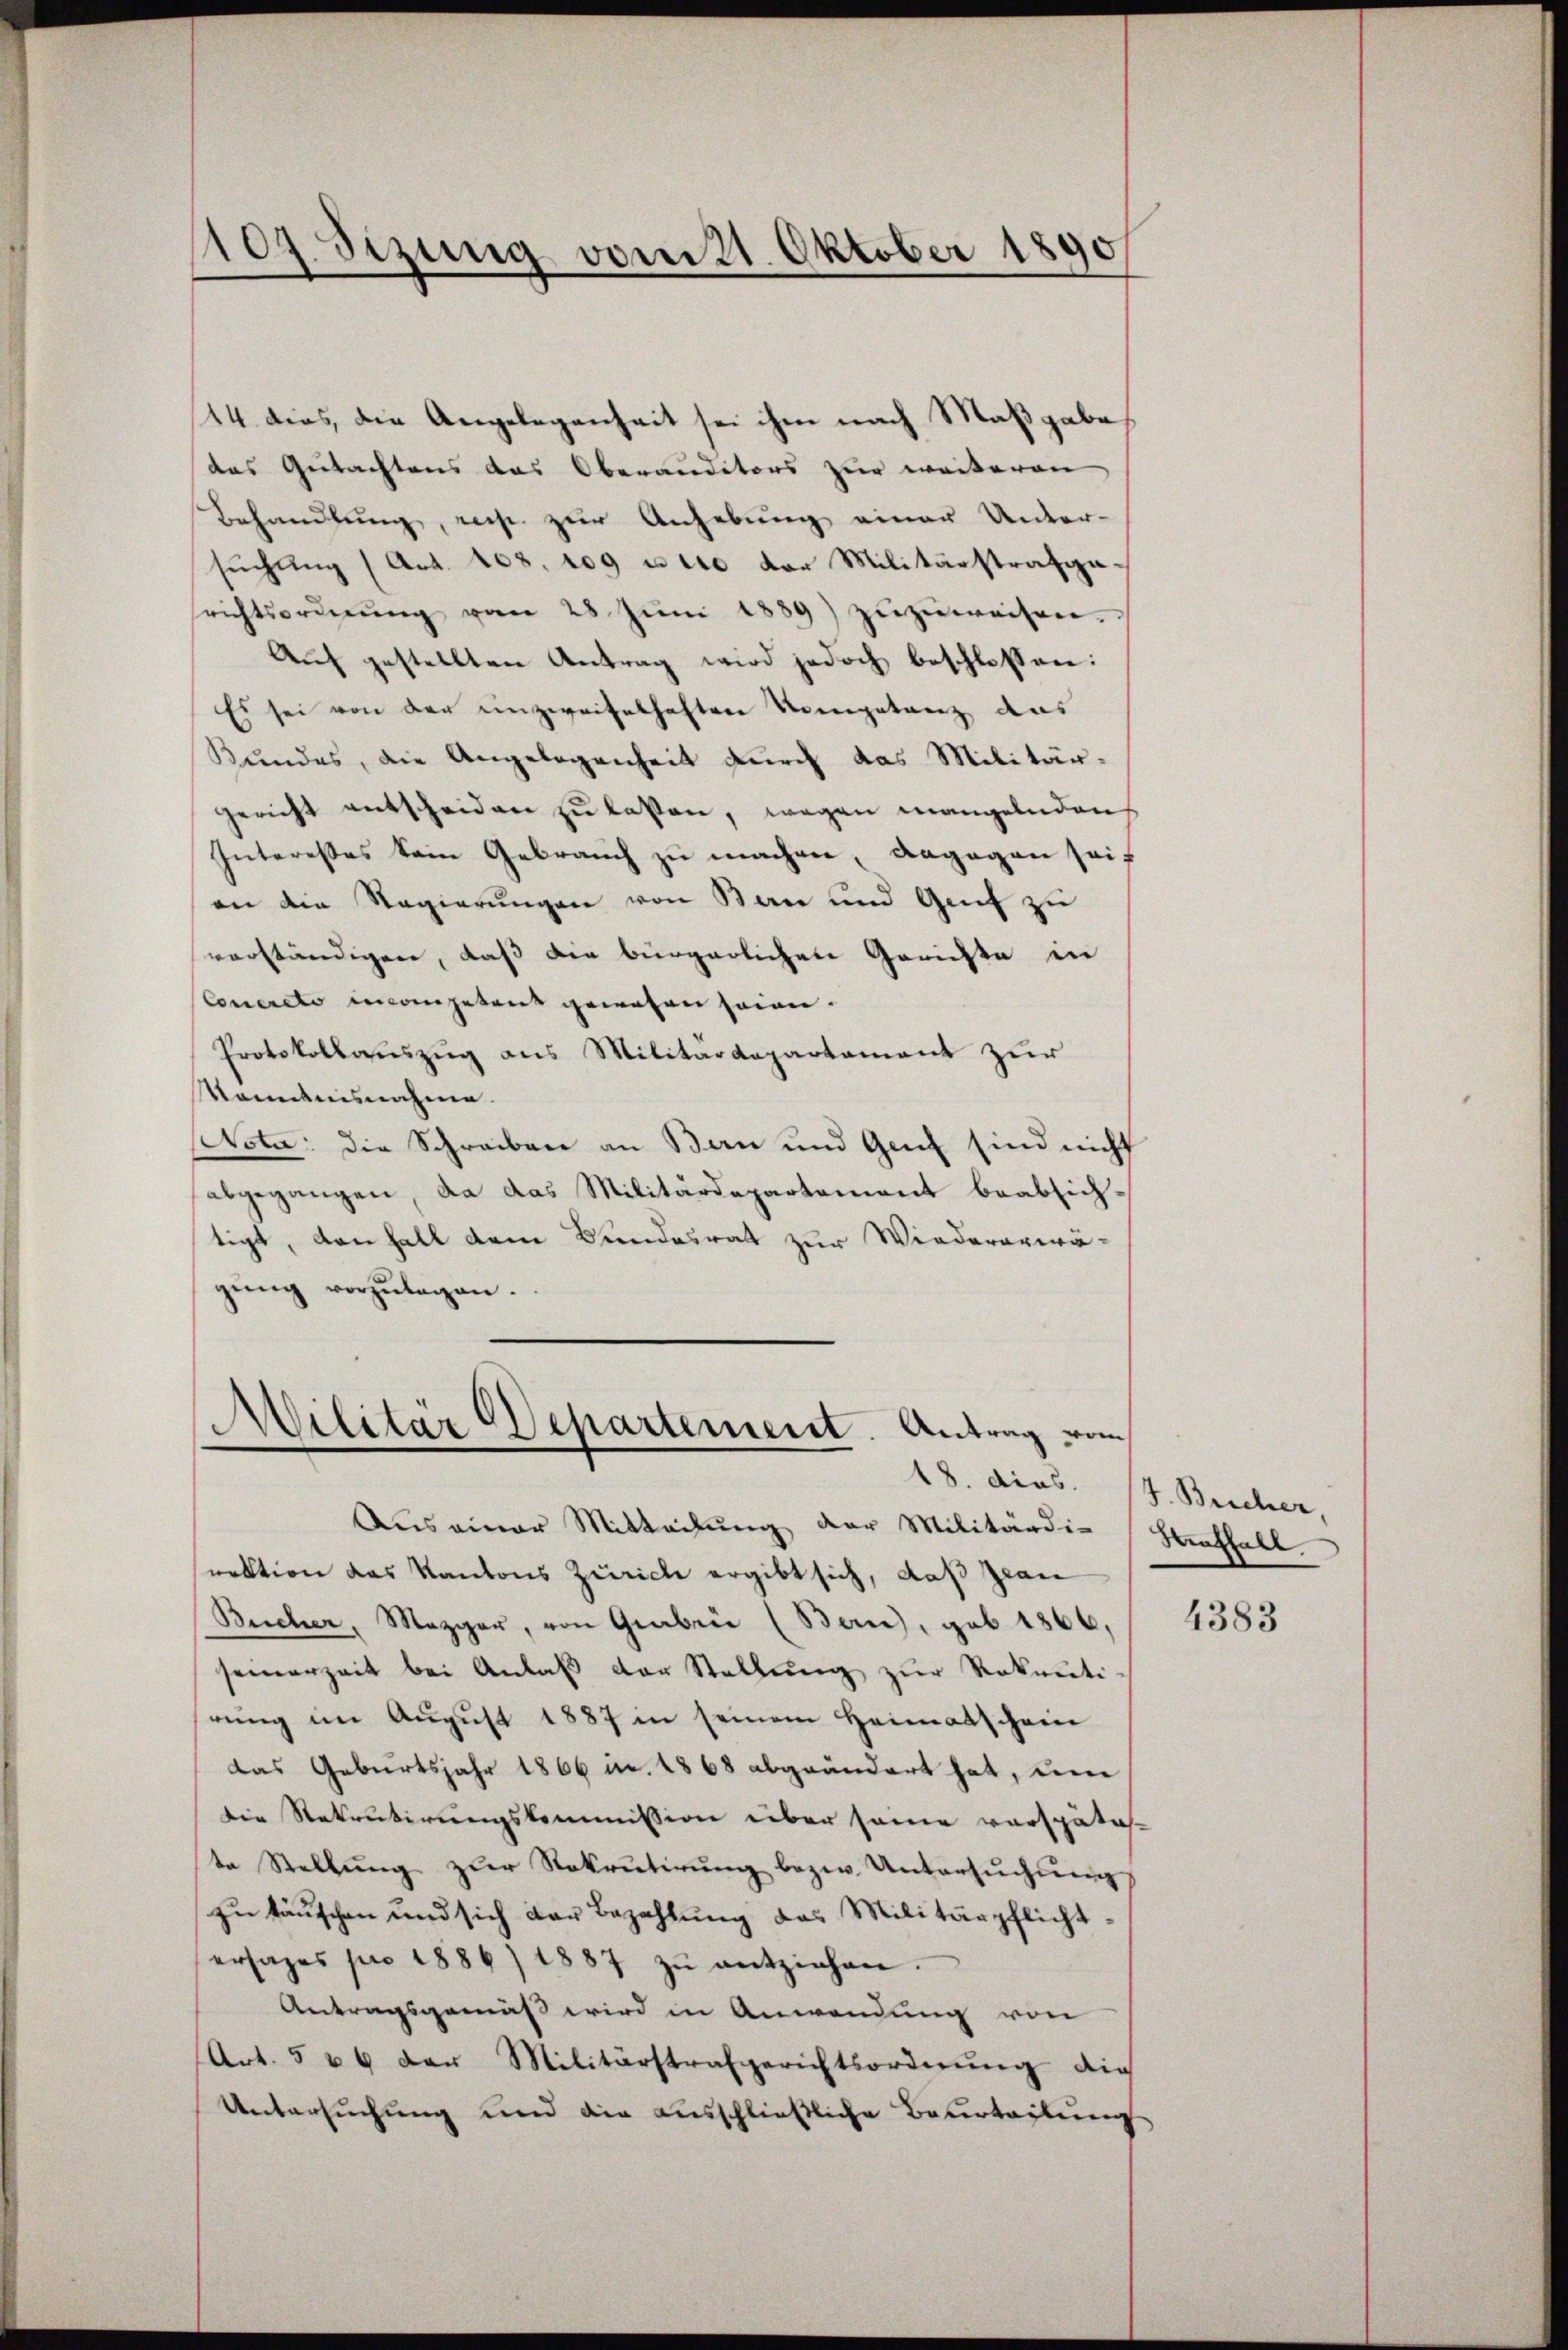
107. Sizung vom 21. Oktober 1890

14. dies, die Angelegenheit sei ihm nach Maßgabe
das Gutachtens das Oberanditors zur weiteren
Behandlung, recht zur Anhebung einer Unter-
sŭchŭng (Art. 108. 109 u. die der Militärstrafa
srichtsordnŭng vom 28. Jŭni 1889 zŭzŭweisen.
Aŭf gestellten Antrag wird jedoch beschlossen:
Es sei von der einzweifelhaften Kompetanz aus
Bundes, die Angelegenheit durch das Militär-
gericht entscheiden zu laßen, wegen mangelnden
Interesses kein Gebrauch zu machen, dagegen seian die Regierungen von Bau und Genf zu
vorständigen, daß die bürgerlichen Gerichte in
Concereto incompetens gewesen seien.
Protokollauszug aus Militärdepartement zur
Nominisnahme.
ota: die Schreiben an Bau und Genf sind nicht
abgegangen, da das Militärdepartement beabsichtigt, den Fall dem Bundesrat zur Wiederarwä-
gŭng vorzŭlagen.

Militär Departement. Antrag vom
18. dies

Aus einer Mitteilung der Militärdie Straffall
rektion das Kantons Zürich ergibt sich, daß Jean
Bucher, Mezger, von Graben (Bern), geb. 1866,
seinerzeit bei Anlaβ der Stellŭng zŭr Rokanti-
rung im August 1887 in seinem Heimatschein
das Geburtsjahr 1866 u. 1868 abgeändert hat, um
Die Rekrutirungskommission über seine verspätes-
te Stellŭng zŭr Rekrutirŭng bezw. Untersŭchŭng
zu täuschen und sich der Bezahlŭng das Militärpflicht-
ersages pro 1886) 1887 zŭ entziehen.
Antragsgemäß wird in Anwendung von
Art. 566 der Militärstrafgerichtsordnŭng die
Untersuchung und die ausschließliche Beurteilung

J. Beicher,

4383